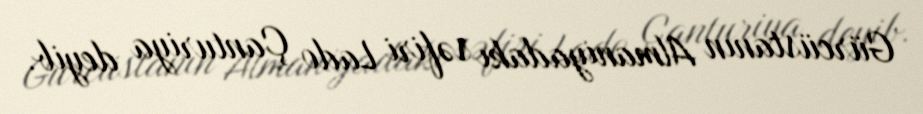
Gürcüstanın Almaniyadakı səfiri Lado Çanturiya deyib.